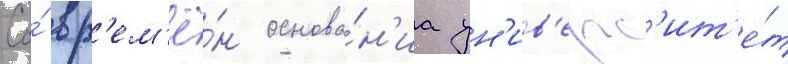
Со́ вр'ем'ё́н основа́н'иа ун'ив'ерс'ит'е́т